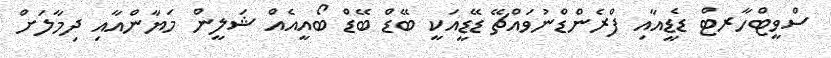
ސްވީޓްހާރޓް ޑެޑީއާއި ފްރެންޑްނުވައްޗޭ ޑޭޑީއަކީ ބޭޑް ބޭޑް ބޯއީއެއް ޝަލީން މަޔާންއާއި ދިމާލަށް